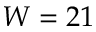
W = 2 1